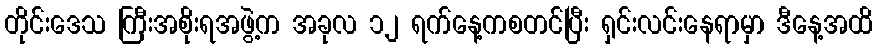
တိုင်းဒေသ ကြီးအစိုးရအဖွဲ့က အခုလ ၁၂ ရက်နေ့ကစတင်ပြီး ရှင်းလင်းနေရာမှာ ဒီနေ့အထိ